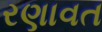
રણાવત